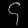
Digit: ၄